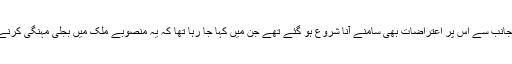
تین سال قبل کرائے کے بجلی گھروں کے حصول کی پالیسی کے اعلان کے ساتھ ہی ماہرین کی جانب سے اس پر اعتراضات بھی سامنے آنا شروع ہو گئے تھے جن میں کہا جا رہا تھا کہ یہ منصوبے ملک میں بجلی مہنگی کرنے کا باعث بنیں گے اور بجلی کی لوڈشیڈنگ کم کرنے کے لیے مطلوبہ نتائج نہیں دے سکیں گے۔